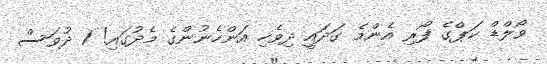
ވޯލްޑް ކަޕްގެ ފޯރި އެންމެ ގަދައީ ދިވެހި އަންހެނުންގެ މެދުގައި! 1 ދުވަސް